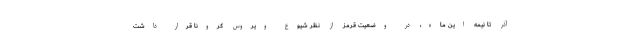
آذر تا نیمه این ماه، در وضعیت قرمز از نظر شیوع ویروس کرونا قرار داشت